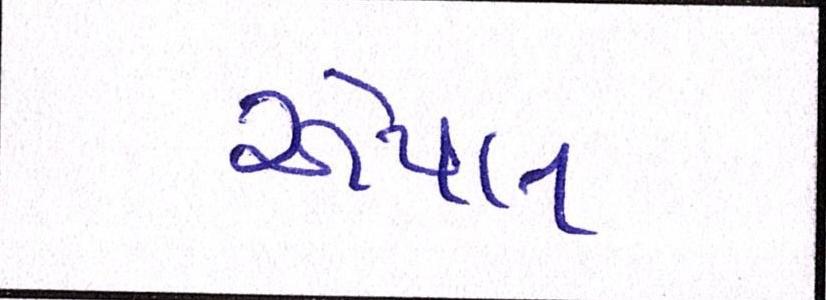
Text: એપલ